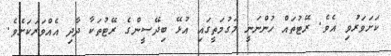
ކަށަވަރުވި އެވެ. ރޭޓުތައް ހުންނަނީ މަގުމަތީގައި އުޅޭ ބިދޭސީންގެ ރޭޓުތަކާ ދާދި އެއްވަރަކަށެވެ.